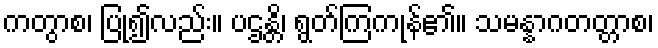
ကတွာစ၊ ပြု၍လည်း။ ပဌန္တိ၊ ရွတ်ကြကုန်၏။ သမန္နာဂတတ္တာစ၊